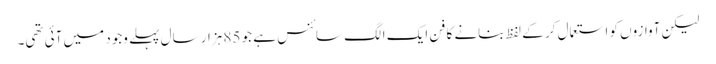
لیکن آوازوں کو استعمال کر کے لفظ بنانے کا فن ایک الگ سائنس ہے جو 85 ہزار سال پہلے وجود میں آئی تھی۔